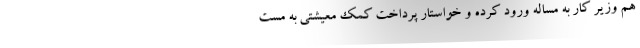
هم وزیر کار به مساله ورود کرده و خواستار پرداخت کمک معیشتی به مست